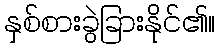
နှစ်စားခွဲခြားနိုင်၏။